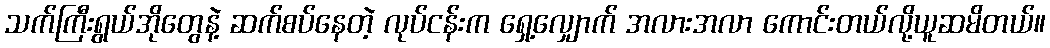
သက်ကြီးရွယ်အိုတွေနဲ့ ဆက်စပ်နေတဲ့ လုပ်ငန်းက ရှေ့လျှောက် အလားအလာ ကောင်းတယ်လို့ယူဆမိတယ်။